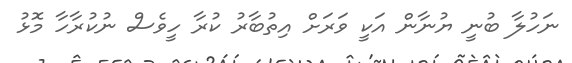
ނަހުލާ ބުނީ ޔުނާން އަކީ ވަރަށް އިތުބާރު ކުރާ ހީވެސް ނުކުރާހާ މޮޅު